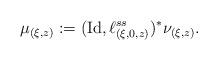
LaTeX: \begin{align*}\mu _{(\xi, z )} := ( \mathrm{Id} , \ell _{(\xi, 0, z)} ^{ss} ) ^\ast \nu _{(\xi , z)} .\end{align*}